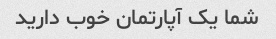
شما یک آپارتمان خوب دارید